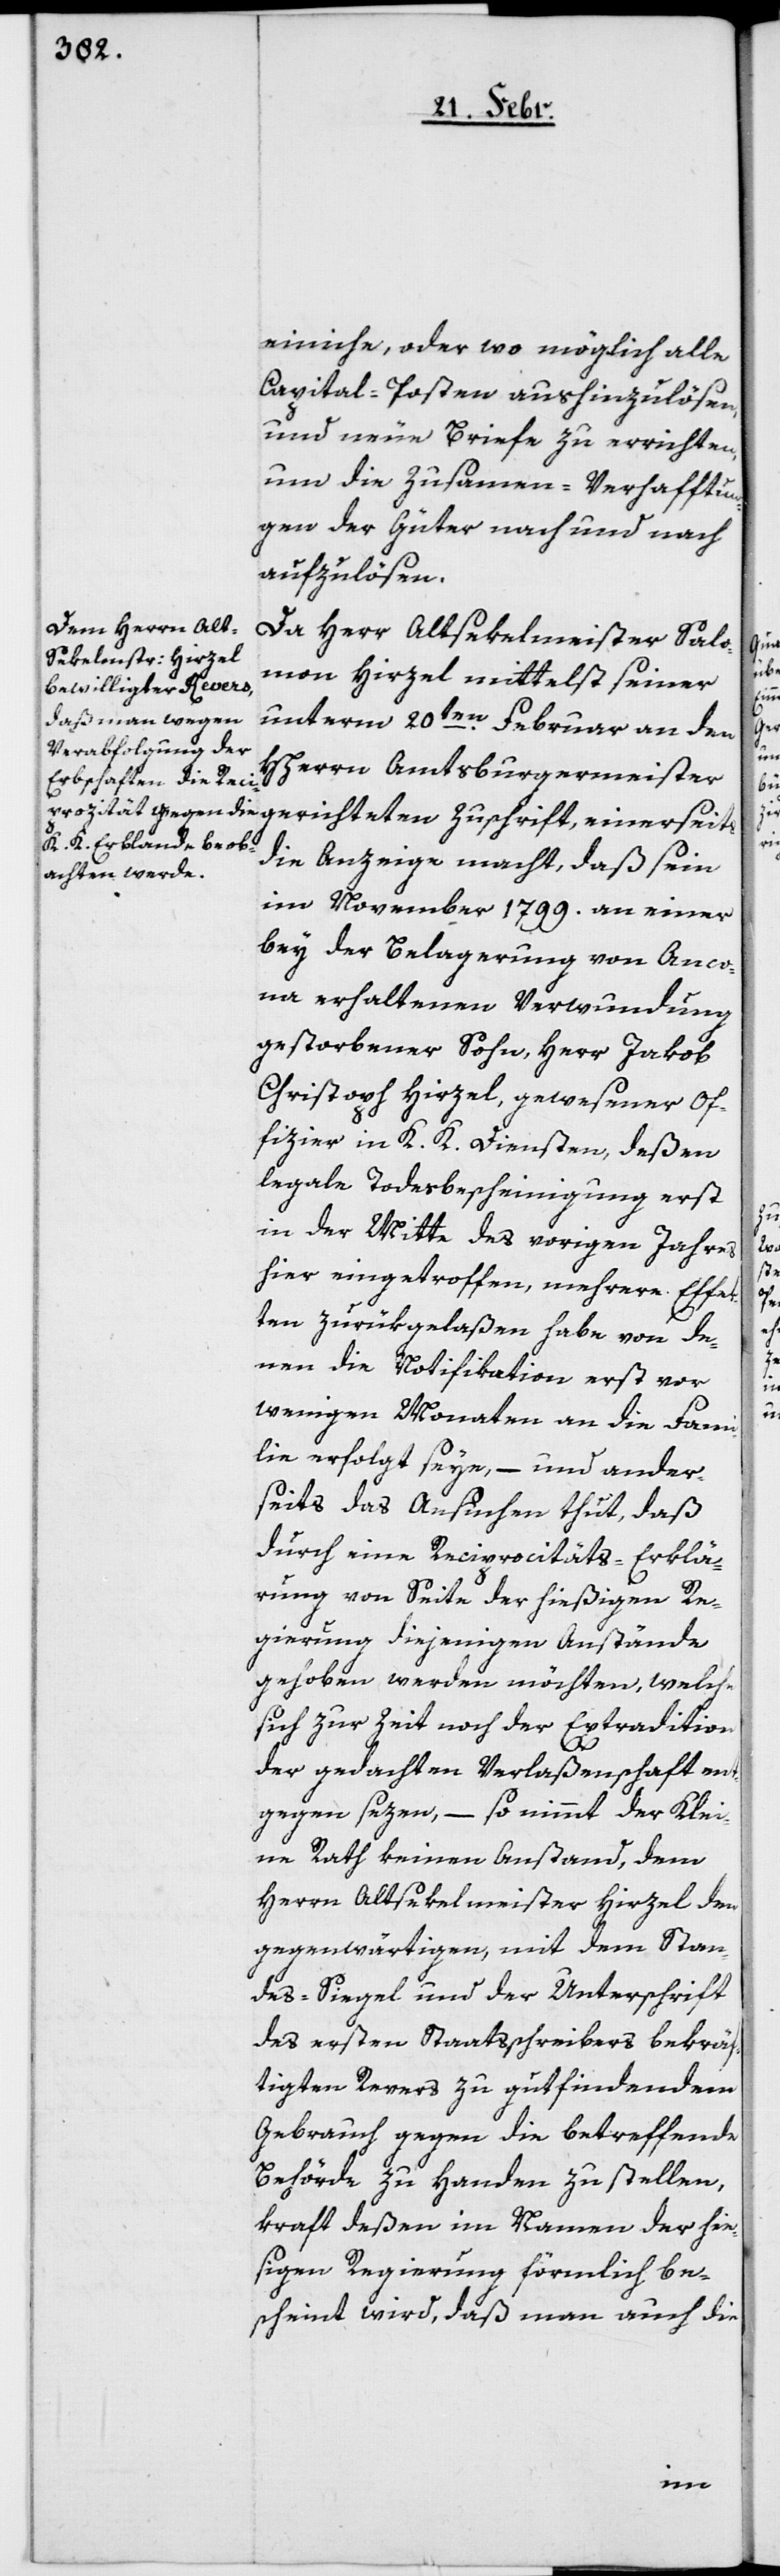
einiche, oder wo möglich alle
Capital-Posten aushinzulösen,
und neue Briefe zu errichten,
um die Zusamen-Verhafftun¬
gen der Güter nach und nach
aufzulösen.
Da Herr Altsekelmeister Salo¬
mon Hirzel mittelst seiner
unterm 20ten. Februar an den
HHerrn Amtsburgermeister
die Anzeige macht, daß sein
im November 1799. an einer
bey der Belagerung von Anco¬
na erhaltenen Verwundung
gestorbener Sohn, Herr Jakob
Christoph Hirzel, gewesener Of¬
fizier in K. K. Diensten, deßen
legale Todesbescheinigung erst
in der Mitte des vorigen Jahres
hier eingetroffen, mehrere Effe¬
kten zurükgelaßen habe von de¬
nen die Notifikation erst vor
wenigen Monaten an die Fami¬
lie erfolgt seye, – und ander¬
seits das Ansuchen thut, daß
durch eine Reciprocitäts-Erklä¬
rung von Seite der hießigen Re¬
gierung diejenigen Anstände
gehoben werden möchten, welche
sich zur Zeit noch der Extradition
der gedachten Verlaßenschaft ent¬
gegen sezen, – so nimmt der Klei¬
ne Rath keinen Anstand, dem
Herrn Altsekelmeister Hirzel den
gegenwärtigen, mit dem Stan¬
des-Siegel und der Unterschrift
des ersten Staatsschreibers bekräf¬
tigten Revers zu gutfindendem
Gebrauch gegen die betreffende
Behörde zu Handen zu stellen,
kraft deßen im Namen der hie¬
ßigen Regierung förmlich be¬
scheint wird, daß man auch die
einerseits